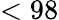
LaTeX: <98